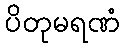
ပိတုမရဏံ